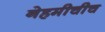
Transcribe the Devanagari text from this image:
नेहमीचीच